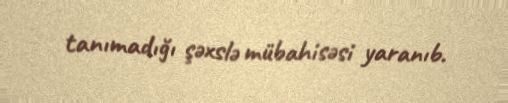
tanımadığı şəxslə mübahisəsi yaranıb.